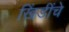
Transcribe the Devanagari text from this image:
खिंडींचे